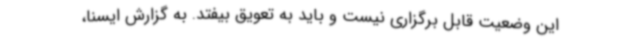
این وضعیت قابل برگزاری نیست و باید به تعویق بیفتد. به گزارش ایسنا،